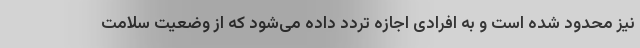
نیز محدود شده است و به افرادی اجازه تردد داده می‌شود که از وضعیت سلامت